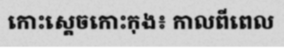
កោះស្តេចកោះកុង៖ កាលពីពេល